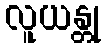
လူယန္တု